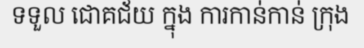
ទទួល ជោគជ័យ ក្នុង ការកាន់កាន់ ក្រុង